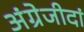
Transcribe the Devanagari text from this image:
अंग्रेजीदां